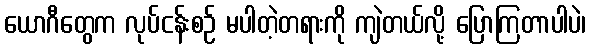
ယောဂီတွေက လုပ်ငန်းစဉ် မပါတဲ့တရားကို ကျဲတယ်လို့ ပြောကြတာပါပဲ၊